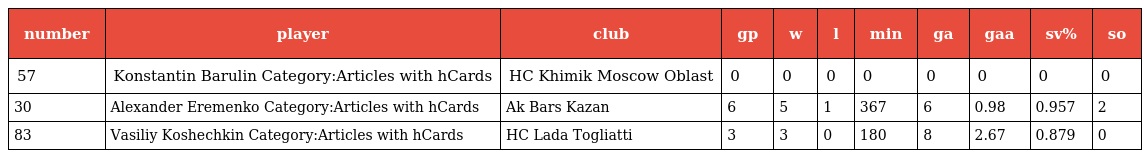
| number | player | club | gp | w | l | min | ga | gaa | sv% | so |
 | --- | --- | --- | --- | --- | --- | --- | --- | --- | --- | --- |
 | 57 | Konstantin Barulin Category:Articles with hCards | HC Khimik Moscow Oblast | 0 | 0 | 0 | 0 | 0 | 0 | 0 | 0 |
 | 30 | Alexander Eremenko Category:Articles with hCards | Ak Bars Kazan | 6 | 5 | 1 | 367 | 6 | 0.98 | 0.957 | 2 |
 | 83 | Vasiliy Koshechkin Category:Articles with hCards | HC Lada Togliatti | 3 | 3 | 0 | 180 | 8 | 2.67 | 0.879 | 0 |